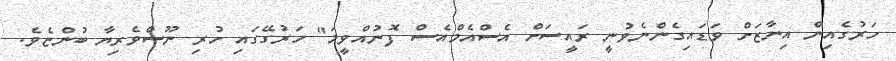
ހަރުގެއިން އިނާޒަށް ވަޑައިގެންނެވުނީ ރައީސަށް އެސްއެމްއެސް ފޮނުއްވީމަ" ހަރުގޭގައި ހުރި ނޫސްވެރިޔާ ބުންޏެވެ.